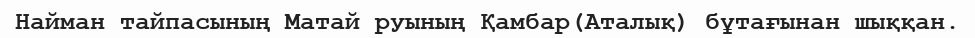
Найман тайпасының Матай руының Қамбар(Аталық) бұтағынан шыққан.